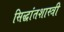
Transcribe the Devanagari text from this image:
सिद्धांतशास्त्री